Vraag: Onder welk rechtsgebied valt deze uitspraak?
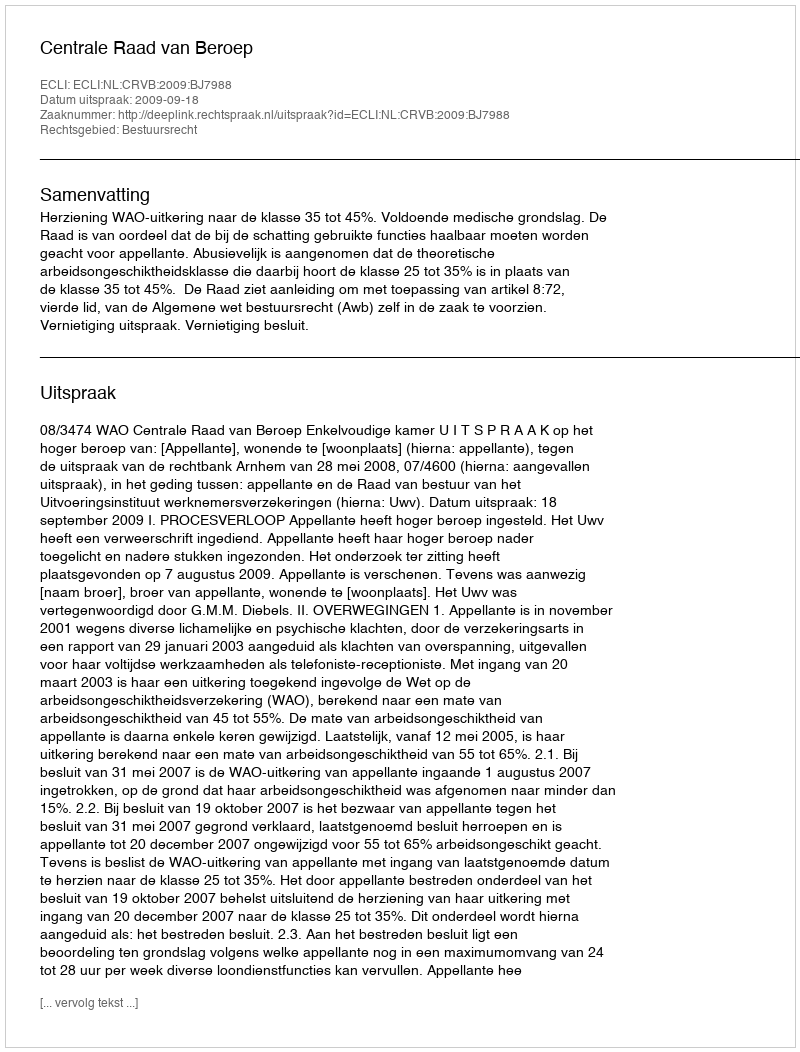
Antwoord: Bestuursrecht